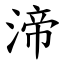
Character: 渧